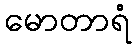
မောတာရံ